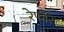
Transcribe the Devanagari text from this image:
रेफरि